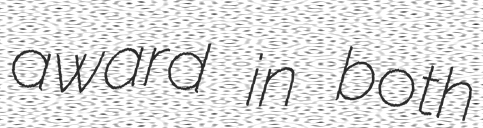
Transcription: award in both